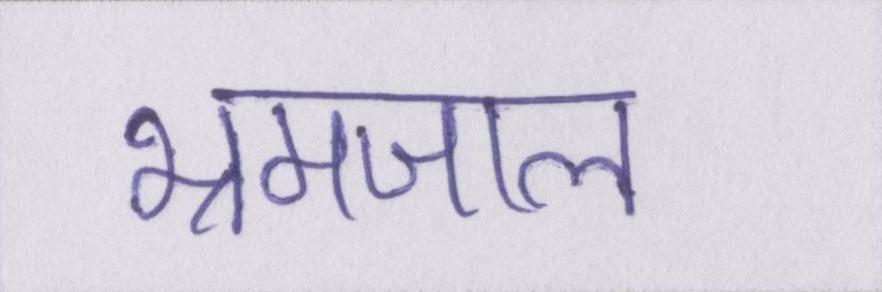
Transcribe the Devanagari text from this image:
भ्रमजाल